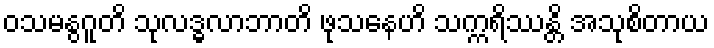
ဝသမနွဂူတိ သုလဒ္ဓလာဘာတိ ဖုသနေဟိ သက္ကရိဿန္တိ အသုစိတာယ